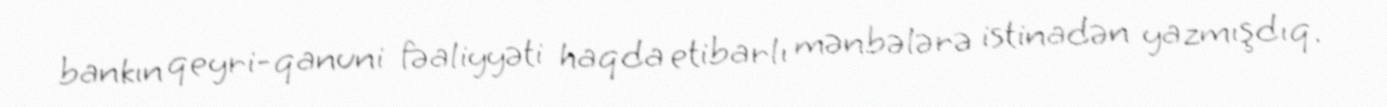
bankın qeyri-qanuni fəaliyyəti haqda etibarlı mənbələrə istinadən yazmışdıq.